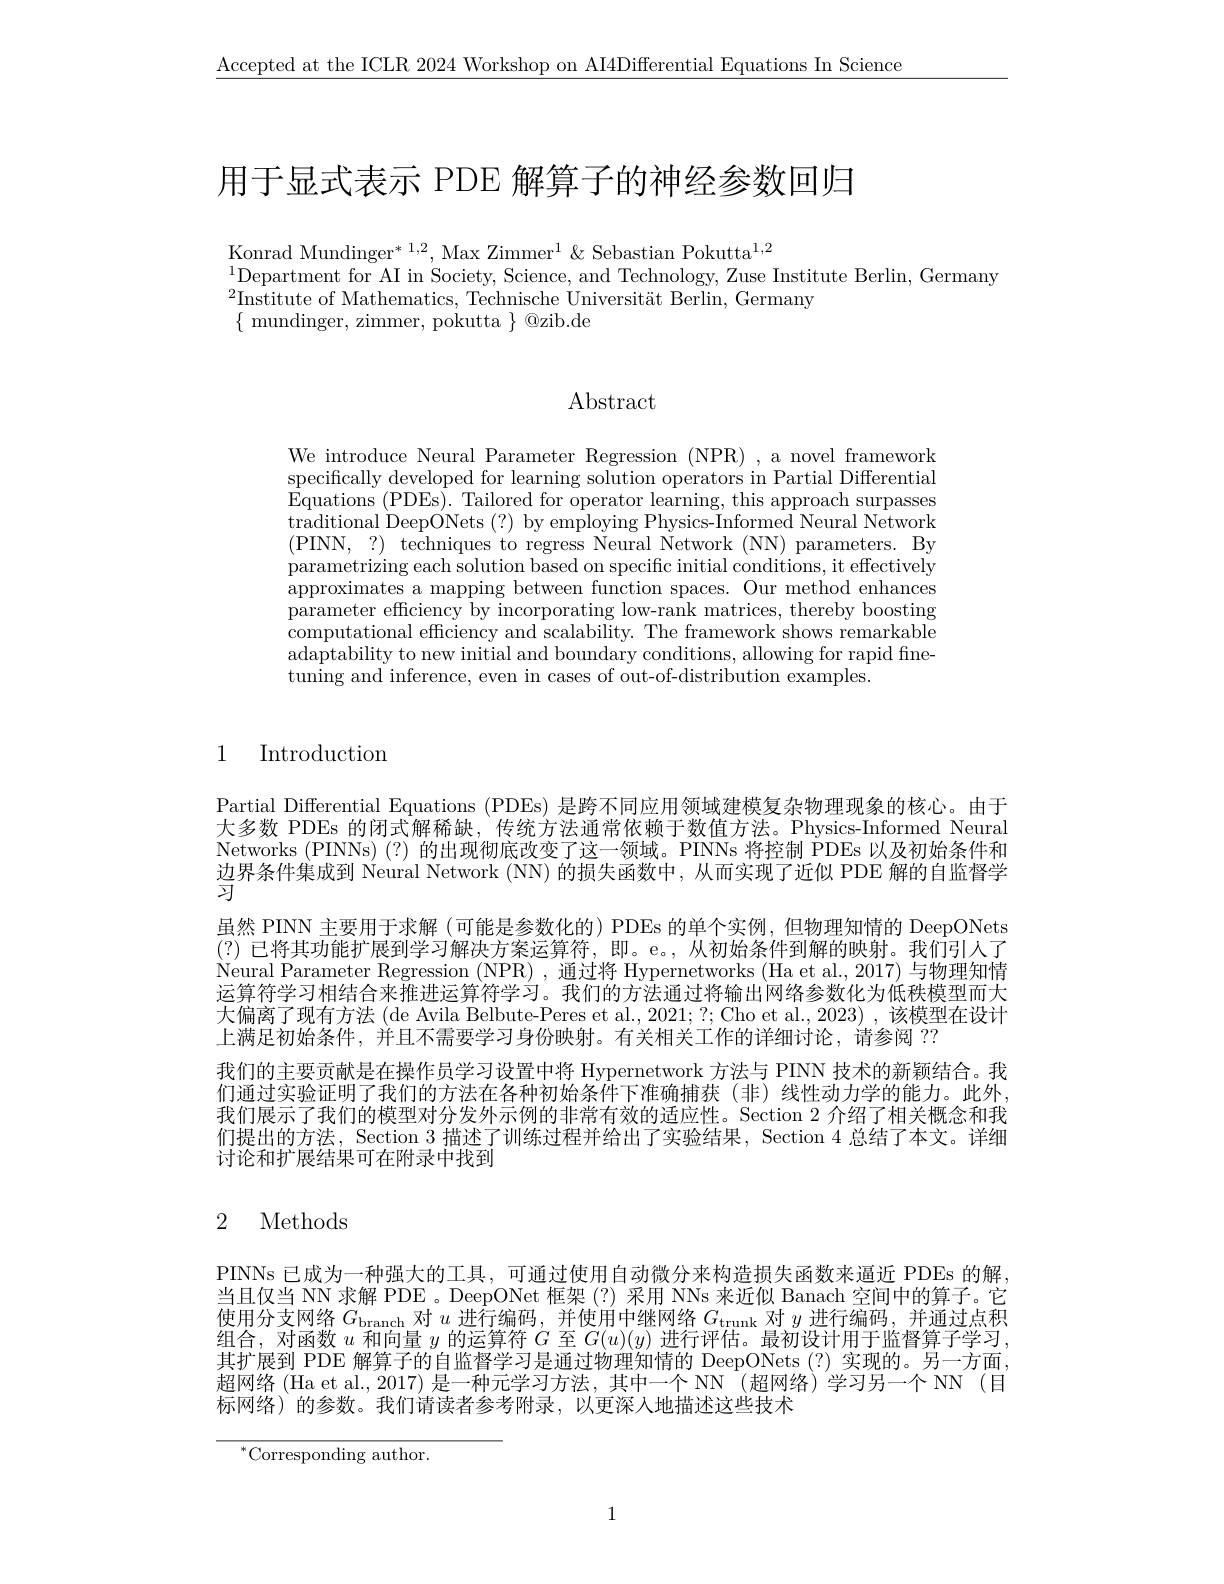
$\underline{\mathrm{Accepted~at~the~ICLR~2024~Workshop~on~AI4Differential~Equations~In~Science}}$

用于显式表示 PDE 解算子的神经参数回归

Konrad Mundinger$^*{1,2}$, Max Zimmer$^1\&\text{Sebastian Pokutta}^{1,2}$
$^{1}$Department for AI in Society, Science, and Technology, Zuse Institute Berlin, Germany
${}^{2}{\mathrm{Institute~of~Mathematics,~Technische~Universität~Berlin,~Germany}}$
$\{$ mundinger, zimmer, pokutta $\}$ @zib.de

## $\operatorname{Abstract}$

We introduce Neural Parameter Regression (NPR) ,a novel framework specifically developed for learning solution operators in Partial Differential Equations (PDEs). Tailored for operator learning, this approach surpasses $\bar{\text{traditional DeepONets (?) by employing Physics-Informed Neural Network}}$ (PINN, $? ) {\mathrm{~techniques~to~regress~Neural~Network~( NN) ~parameters. ~By}}$ parametrizing each solution based on specific initial conditions, it effectively approximates a mapping between function spaces. Our method enhances parameter efficiency by incorporating low-rank matrices, thereby boosting computational efficiency and scalability. The framework shows remarkable adaptability to new initial and boundary conditions, allowing for rapid finetuning and inference, even in cases of out-of-distribution examples.

# 1 Introduction

Partial Differential Equations (PDEs) 是跨不同应用领域建模复杂物理现象的核心。由于大多数 PDEs 的闭式解稀缺，传统方法通常依赖于数值方法。Physics-Informed Neural Networks (PINNs)(?) 的出现彻底改变了这一领域。PINNs 将控制 PDEs 以及初始条件和边界条件集成到 Neural Network (NN) 的损失函数中，从而实现了近似 PDE 解的自监督学习
虽然 PINN 主要用于求解 (可能是参数化的) PDEs 的单个实例，但物理知情的 DeepONets (?)已将其功能扩展到学习解决方案运算符，即。e。, 从初始条件到解的映射。我们引人了Neural Parameter Regression (NPR) , 通过将 Hypernetworks (Ha et al., 2017) 与物理知情运算符学习相结合来推进运算符学习。我们的方法通过将输出网络参数化为低秩模型而大大偏离了现有方法 (de Avila Belbute-Peres et al., 2021; ?; Cho et al., 2023) , 该模型在设计上满足初始条件，并且不需要学习身份映射。有关相关工作的详细讨论，请参阅 ??
我们的主要贡献是在操作员学习设置中将 Hypernetwork 方法与 PINN 技术的新颖结合。我们通过实验证明了我们的方法在各种初始条件下准确捕获(非)线性动力学的能力。此外， 我们展示了我们的模型对分发外示例的非常有效的适应性。Section 2 介绍了相关概念和我们提出的方法，Section 3描述了训练过程并给出了实验结果，Section 4 总结了本文。详细讨论和扩展结果可在附录中找到

### 2 Methods

PINNs 已成为一种强大的工具，可通过使用自动微分来构造损失函数来逼近 PDEs 的解， 当且仅当 NN 求解 PDE 。DeepONet 框架(?)采用 NNs 来近似 Banach 空间中的算子。它使用分支网络$G_\mathrm{branch}$对$u$进行编码，并使用中继网络$G_\mathrm{trunk}$对$y$进行编码，并通过点积组合，对函数$u$和向量$y$的运算符$G$至$G(u)(y)$进行评估。最初设计用于监督算子学习其扩展到 PDE 解算子的自监督学习是通过物理知情的 DeepONets (?) 实现的。另一方面， 超网络(Ha et al., 2017) 是一种元学习方法，其中一个 NN (超网络)学习另一个 NN (目标网络)的参数。我们请读者参考附录，以更深入地描述这些技术

$^{*}$Corresponding author.

1